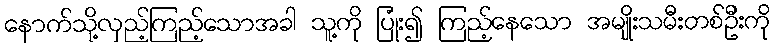
နောက်သို့လှည့်ကြည့်သောအခါ သူ့ကို ပြုံး၍ ကြည့်နေသော အမျိုးသမီးတစ်ဦးကို